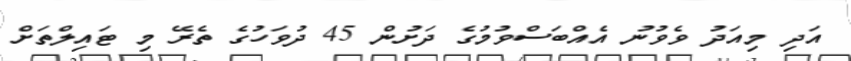
އަދި މިއަދު ވެވުނު އެއްބަސްވުމުގެ ދަށުން 45 ދުވަހުގެ ތެރޭ މި ޓައިލްތަށް